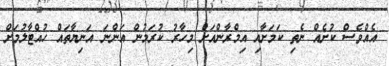
އެއްވެސް ކުށެއް ނެތި ކަމަށާއި އިމްރާންއަށް މިހާރު ކުރަމުން އަންނަ އަނިޔާތައް ހުއްޓާލުމަށް